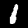
Digit: 1